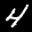
Label: 4